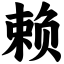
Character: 赖